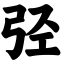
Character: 弪